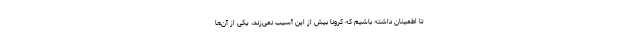
تا اطمینان داشته باشیم که کرونا بیش از این آسیب نمی‌زند، یکی از آن‌ها